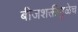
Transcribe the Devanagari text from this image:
बीजशक्तीमुळेच